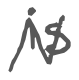
Text: is
Cross-out: zig-zag
Writing tool: digital_gray